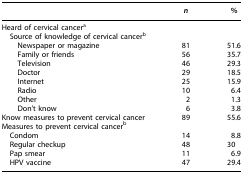
|  | n | % |
 | --- | --- | --- |
 | <COLSPAN=3> Heard of cervical cancera |
 | <COLSPAN=3> Source of knowledge of cervical cancerb |
 | Newspaper or magazine | 81 | 51.6 |
 | Family or friends | 56 | 35.7 |
 | Television | 46 | 29.3 |
 | Doctor | 29 | 18.5 |
 | Internet | 25 | 15.9 |
 | Radio | 10 | 6.4 |
 | Other | 2 | 1.3 |
 | Don't know | 6 | 3.8 |
 | Know measures to prevent cervical cancer | 89 | 55.6 |
 | <COLSPAN=3> Measures to prevent cervical cancerb |
 | Condom | 14 | 8.8 |
 | Regular checkup | 48 | 30 |
 | Pap smear | 11 | 6.9 |
 | HPV vaccine | 47 | 29.4 |